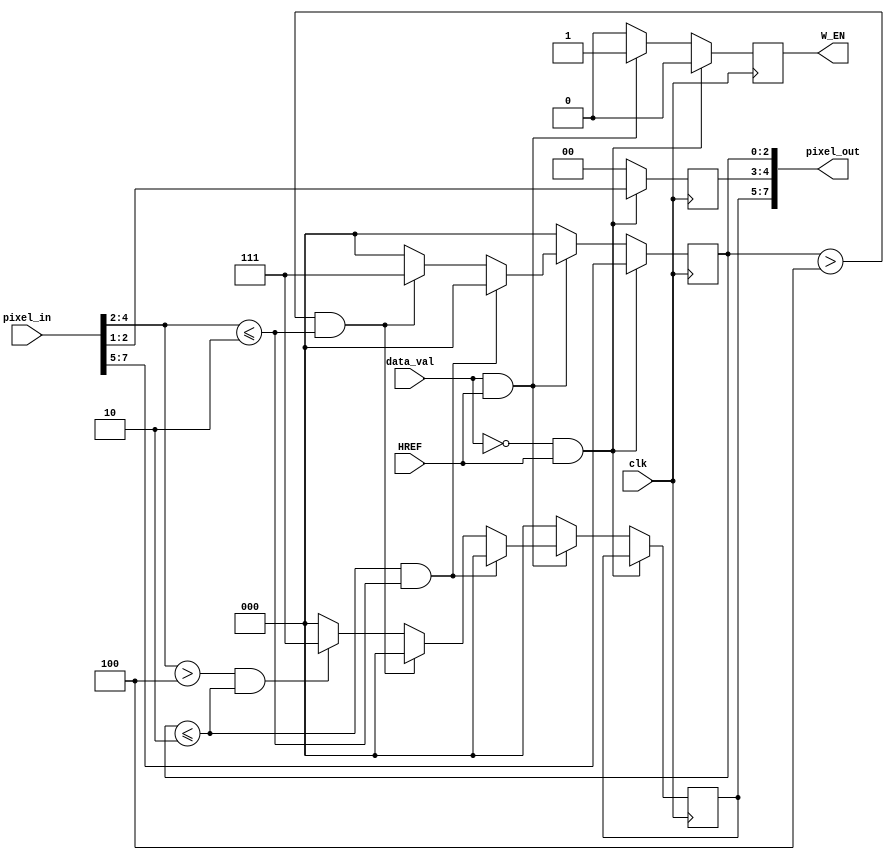
module DOWNSAMPLER
(
	data_val,
	pixel_in,
	HREF,
	pixel_out,
	W_EN,
	clk
);

input data_val;
input clk;
input [7:0] pixel_in;
input HREF;
output [7:0] pixel_out;
output W_EN;

reg w_en;
reg [1:0] green;
reg [2:0] red;
reg [2:0] blue;

//assign pixel_out = {red, blue, green};
assign pixel_out[7:5] = blue;
assign pixel_out[4:3] = green;
assign pixel_out[2:0] = red;
assign W_EN = w_en;
reg val = 0;

always @ (posedge clk) begin
	if (!data_val && HREF) begin
		red = pixel_in[7:5];
		blue = blue;
		green = pixel_in[2:1];
		w_en = 0;
	end
	else if (data_val && HREF) begin
		if (red <= 3'd2 && pixel_in[4:2] <= 3'd2) begin
			red = 0;
			blue = 0;
			green = 0;
		end
		else if (red > 3'd4 && pixel_in[4:2] <= 3'd2) begin
			red = 3'd7;
			blue = 0;
			green = 0;
		end
		else if (pixel_in[4:2] > 3'd4 && red <= 3'd2) begin
			red = 0;
			blue = 3'd7;
			green = 0;
		end
		else begin
			red = 0;
			blue = 0;
			green = 0;
		end
		w_en = 1;
	end
	else begin
		red = 0;
		blue = 0;
		green = 0;
		w_en = 0;
	end
end

endmodule